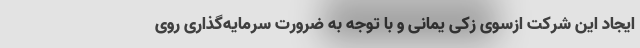
ایجاد این شرکت ازسوی زکی یمانی و با توجه به ضرورت سرمایه‌گذاری روی